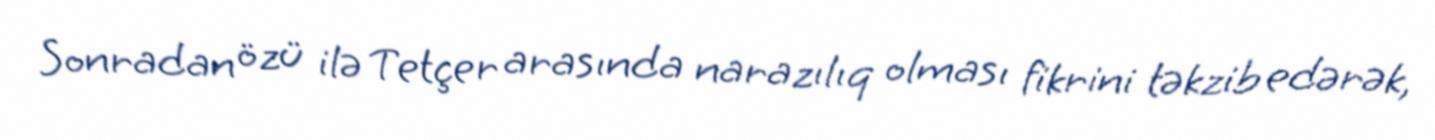
Sonradan özü ilə Tetçer arasında narazılıq olması fikrini təkzib edərək,